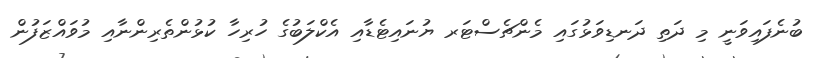
ބުނެފައިވަނީ މި ދަތި ދަނޑިވަޅުގައި މެންޗެސްޓަރ ޔުނައިޓެޑާއި އެކްލަބުގެ ހުރިހާ ކުޅުންތެރިންނާއި މުވައްޒަފުން